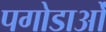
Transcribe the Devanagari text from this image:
पगोडाओं